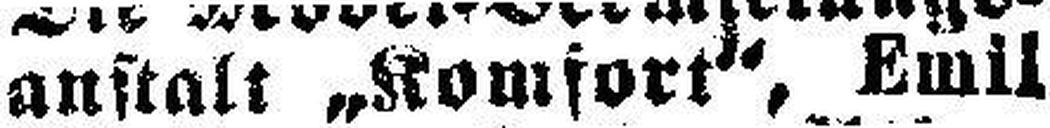
anstalt „Komfort“, Emil